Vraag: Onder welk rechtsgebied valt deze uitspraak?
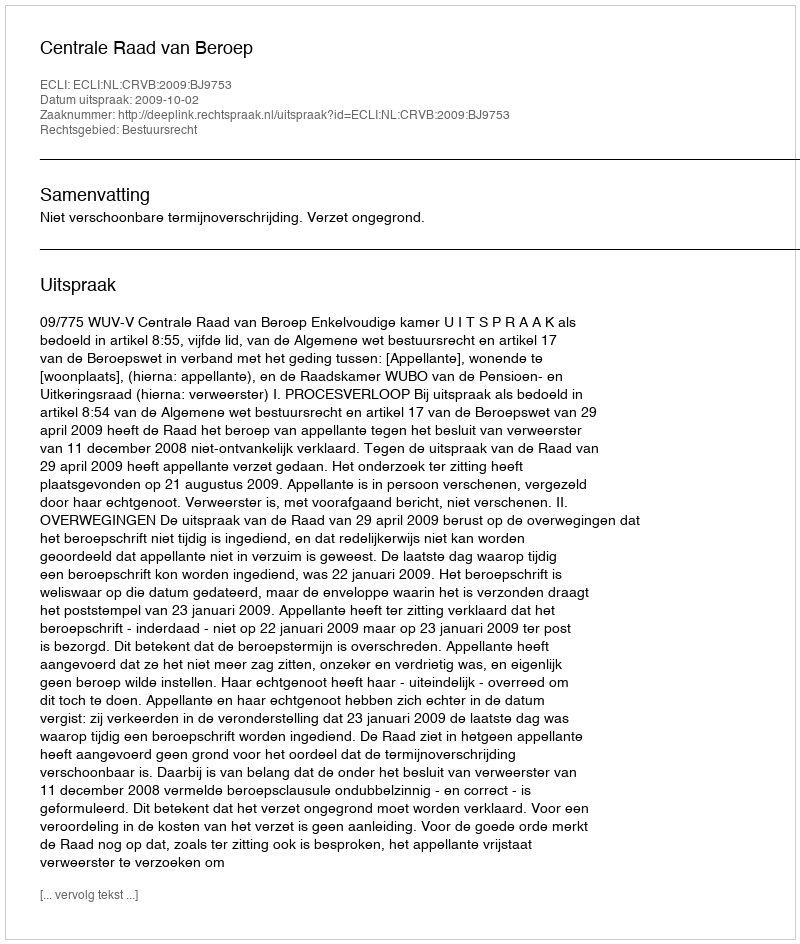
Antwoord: Bestuursrecht